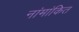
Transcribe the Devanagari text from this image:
नांमांकित